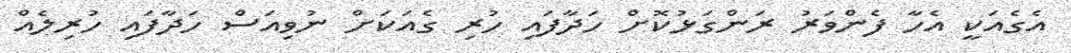
އެގެއަކީ އެހާ ފެންވަރު ރަންގަޅުކޮށް ހަދާފައި ހުރި ގެއަކަށް ނުވިއަސް ހަދާފައި ހުރިލެއް